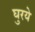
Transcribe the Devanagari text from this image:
घुरये